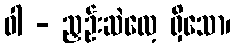
ဝါ - ညှဉ်းဆဲလေ့ ရှိသော၊